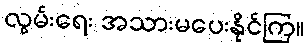
လွမ်းရေး အသားမပေးနိုင်ကြ။